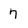
Character: 7